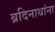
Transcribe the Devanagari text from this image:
ब्रदिनाथांना